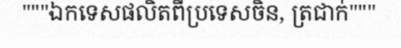
"""ឯកទេសផលិតពីប្រទេសចិន, ត្រជាក់"""